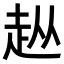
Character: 𧺣